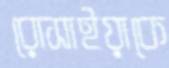
রোসাইয়াকে